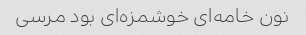
نون خامه‌ای خوشمزه‌ای بود مرسی